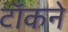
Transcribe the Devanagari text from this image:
टाँकने